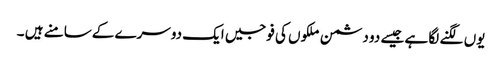
یوں لگنے لگا ہے جیسے دو دشمن ملکوں کی فوجیں ایک دوسرے کےسامنے ہیں ۔